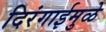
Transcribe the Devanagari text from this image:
दिरंगाईमुळे